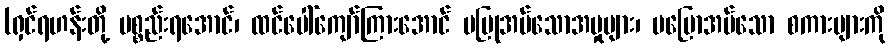
(ရှင်ရဟန်းတို့ ပစ္စည်းရအောင်၊ ထင်ပေါ်ကျော်ကြားအောင် မပြုအပ်သောအမှုများ၊ မပြောအပ်သော စကားများကို